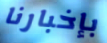
بإخبارنا